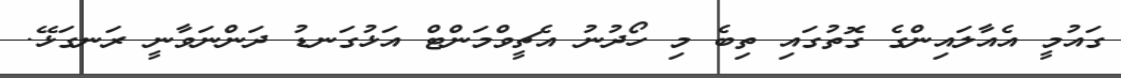
ގައުމީ އެއާލައިންގެ ގޮތުގައި ތިބެ މި ހޯދުނު އެޗީވްމަންޓް އަޅުގަނޑު ދަންނަވާނީ ރަނގަޅޭ.